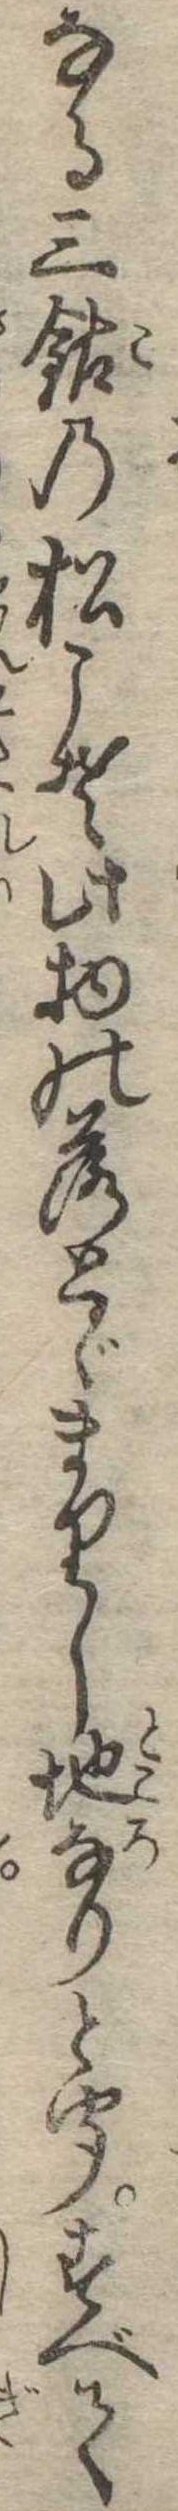
なる三鈷の松こそ此物の落とゞまりし地なりと聞すべて